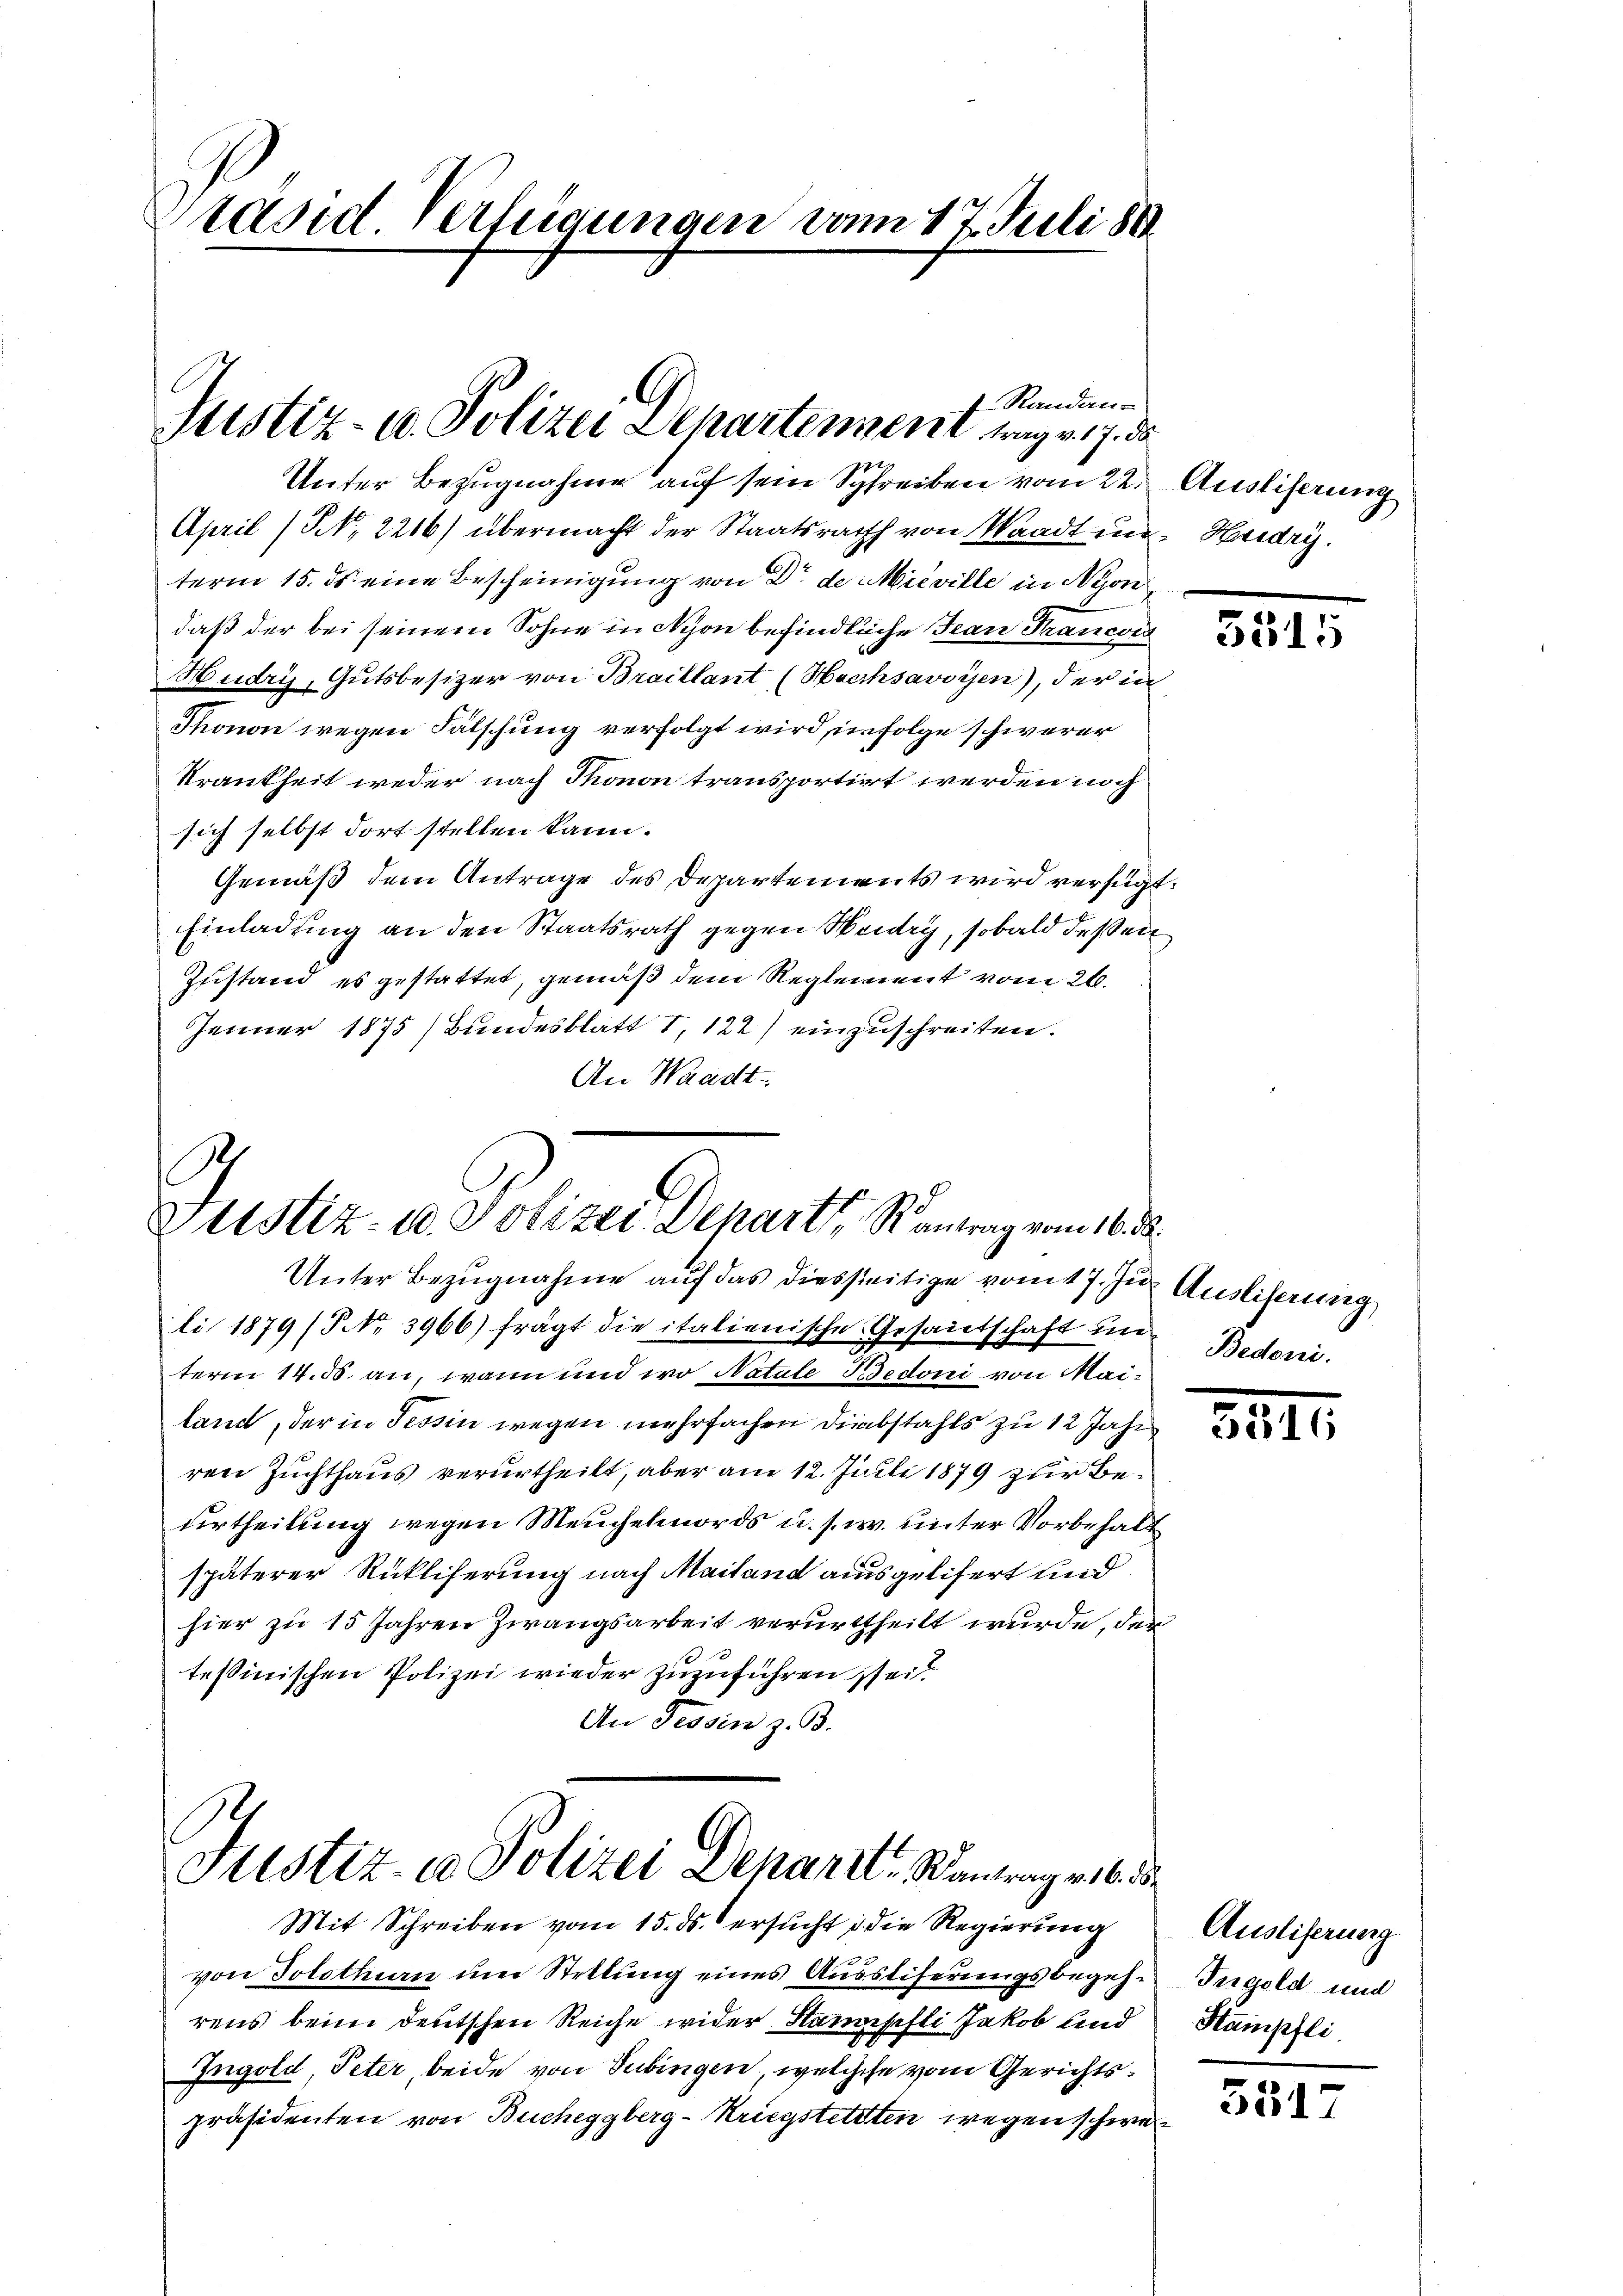
Präsid Verfügungen vom 17. Juli 188

f Randan-
Justiz- u. Polizei Departement trag v. 17. ds

Unter Bezugnahme auf sein Schreiben vom 22. Ausliserung
April (NNo. 2216) übermacht der Staatsrath von Waadt im Hardry.
term 15. ds eine Bescheinigung von Dr. de Mieville in Nyon
daß der bei seinem Sohne in Nyon befindliche Jean Francors
Hudry, Gutsbesizer von Braillant (Hochsavoyen), der in
Thonon wegen Fälschung verfolgt wird, in Folge schwerer
Krankheit weder nach Thonon transportiert werden noch
sich selbst dort stellen kann.
Gemäß dem Antrage des Departements wird verfügt,
Einladung an den Staatsrath gegen Weidig, sobald deßen
Zustand es gestattet, gemäß dem Reglement vom 26.
Jenner 1875 (Bundesblatt I, 122) einzuschreiten.
An Waadt.

Justiz- u. Polizei Depart, Rantrag vom 16. d.

Justiz- & Polizei Deharrt, Wantrag erbe d
Mit Schreiben vom 15. ds. ersucht, d. die Regierung

Unter Bezugnahme auf das diesseitige vom 17. Zur Auslieferung
li 1879 (NNo. 3966) frägt die italienische Gesandtschaft un
term 14. d. an, wann und wo Natute Bedoni von Mailand, der in Tessin wegen mehrfachen Diebstahls zu 12 Jahr
ren Zuchthaus verurtheilt, aber am 12. Juli 1879 zur Beurtheilung wegen Meuchelmords u. s. w. unter Vorbehalt
späterer Rückliferung nach Mailand ausgelifert und
hier zu 15 Jahren Zwangsarbeit verurtheilt wurde, der
tessinischen Polizei wieder zuzuführen sei.
An Tessin z. B.

von Solothurn um Stellung eines Ausstiferungsbegehrens beim deutschen Reiche wider Stampfli Jakob und
Ingold Peter, beide von Tübingen, welchese vom Gerichtspräsidenten von Bucheggberg-Kriegstetten wegen schwe¬

5515

Bedoni.

554

7

Ausliserung
Tergold und
Stampfli

5317